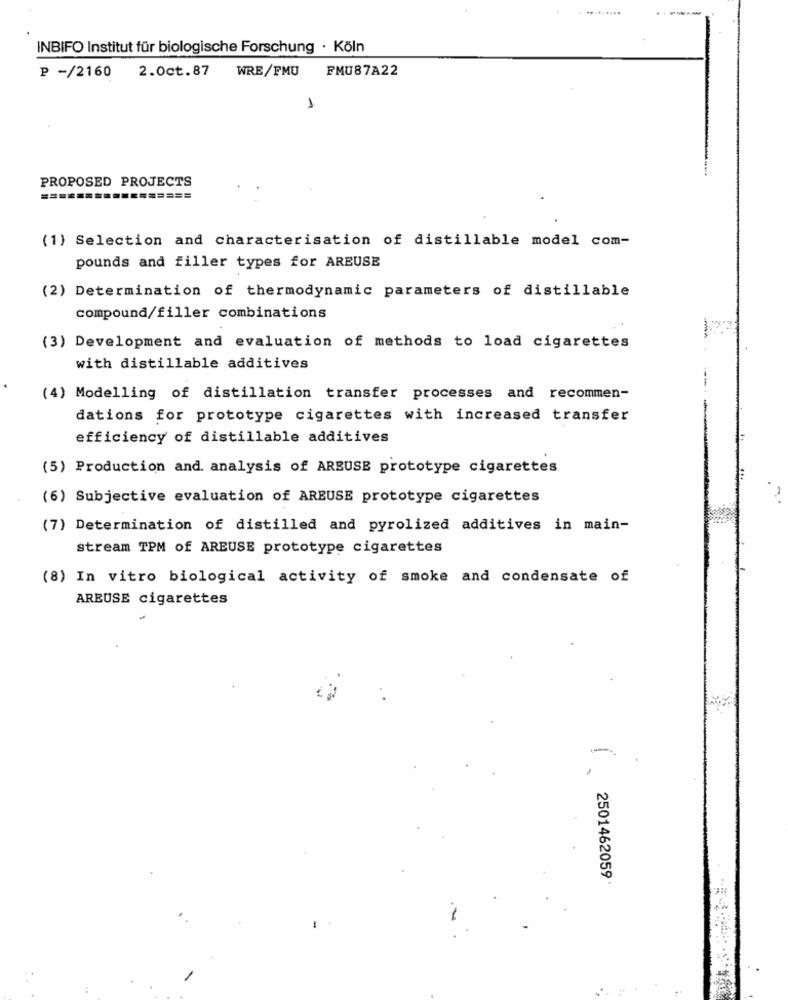
INBIFO Institut für biologische Forschung · Köln
P -/2160 2.0ct.87
WRE/FMU
PMU87A22
PROPOSED PROJECTS
===
(1) Selection and characterisation of distillable model com-
pounds and filler types for AREUSE
(2) Determination of thermodynamic parameters of distillable
compound/filler combinations
(3) Development and evaluation of methods to load cigarettes
with distillable additives
(4) Modelling of distillation transfer processes and recommen-
dations for prototype cigarettes with increased transfer
efficiency of distillable additives
(5) Production and. analysis of ARBUSE prototype cigarettes
(6) Subjective evaluation of AREUSE prototype cigarettes
(7) Determination of distilled and pyrolized additives in main-
stream TPM of AREUSE prototype cigarettes
(8) In vitro biological activity of smoke and condensate of
AREUSE cigarettes
2501462059